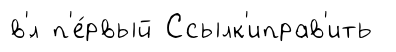
в'́л п'е́рвый Ссылк'иправ'ить